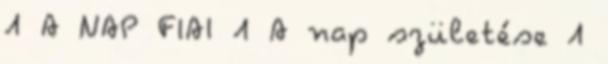
1 A NAP FIAI 1 A nap születése 1